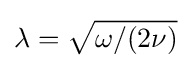
\lambda ={\sqrt {\omega /(2\nu )}}